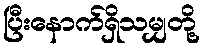
ပြီးနောက်ရှိသမျှတို့